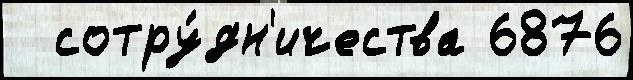
  сотру́дн'ичества 6876